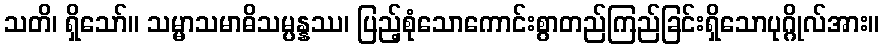
သတိ၊ ရှိသော်။ သမ္မာသမာဓိသမ္ပန္နဿ၊ ပြည့်စုံသောကောင်းစွာတည်ကြည်ခြင်းရှိသောပုဂ္ဂိုလ်အား။